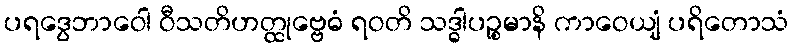
ပရဒွေဘာဝေါ ဝီသတိဟတ္ထုဗ္ဗေဓံ ရဝတိ သဒ္ဓါပဉ္စမာနိ ကာဝေယျံ ပရိတောသံ